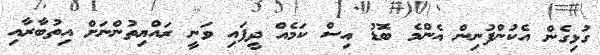
ގުޅިގެން އެކުންފުނިން އެންމެ ބޮޑު އިސް ކަމެއް ދީފައި ވަނީ ރައްޔިތުންނަށް އިތުބާރާއި